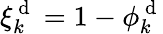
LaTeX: \xi_{k}^{\mathrm{~d~}}=1-\phi_{k}^{\mathrm{~d~}}